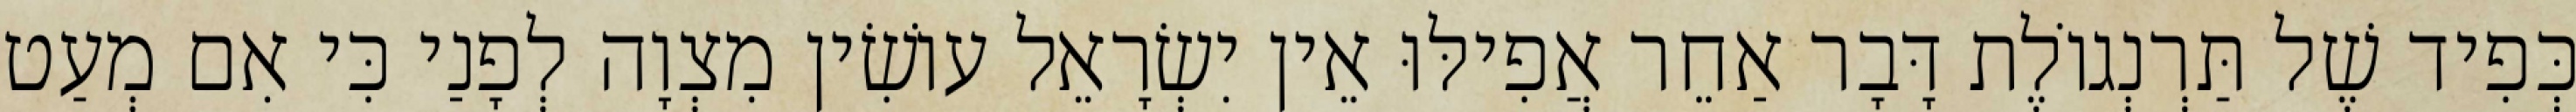
כְּפִיד שֶׁל תַּרְנְגוֹלֶת דָּבָר אַחֵר אֲפִילּוּ אֵין יִשְׂרָאֵל עוֹשִׂין מִצְוָה לְפָנַי כִּי אִם מְעַט